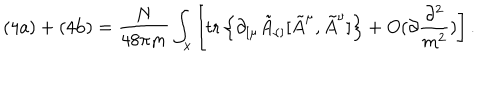
\mathrm { ( 4 a ) } + \mathrm { ( 4 b ) } = \frac { N } { 4 8 \pi m } \int _ { x } \left[ \mathrm { t r } \left\{ \partial _ { [ \mu } \tilde { A } _ { \nu ] } [ \tilde { A } ^ { \mu } , \tilde { A } ^ { \nu } ] \right\} + O ( \partial \frac { \partial ^ { 2 } } { m ^ { 2 } } ) \right] .